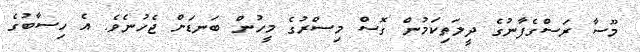
މޫސާ ރަސްގެފާނުގެ ދީލަތިކަމުން ގޮސް މިސްރުގެ މީހުން ބަނޑަށް ޖެހުނެވެ. އެ ހިސާބުގެ